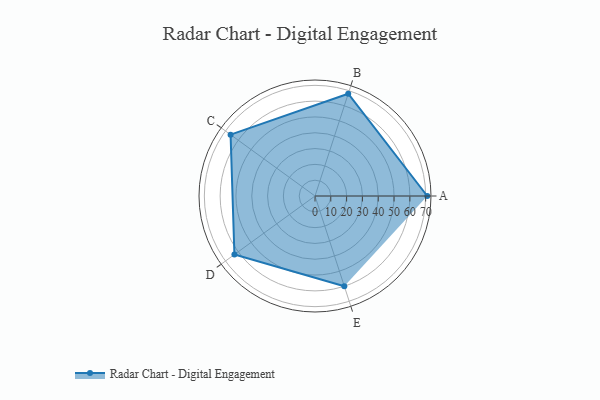
{"axis": {"x": "Skill", "y": "Score"}, "legend": ["Profile"], "data": [{"x": "A", "y": 71.0, "type": "Profile"}, {"x": "B", "y": 68.0, "type": "Profile"}, {"x": "C", "y": 66.0, "type": "Profile"}, {"x": "D", "y": 63.0, "type": "Profile"}, {"x": "E", "y": 60.0, "type": "Profile"}]}